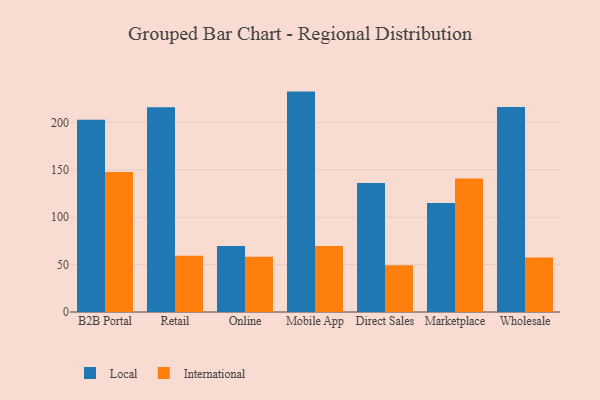
{"axis": {"x": "Channel", "y": "Backlog"}, "legend": ["International", "Local"], "data": [{"x": "B2B Portal", "y": 202.7, "type": "Local"}, {"x": "B2B Portal", "y": 147.8, "type": "International"}, {"x": "Retail", "y": 216.1, "type": "Local"}, {"x": "Retail", "y": 59.4, "type": "International"}, {"x": "Online", "y": 69.7, "type": "Local"}, {"x": "Online", "y": 58.2, "type": "International"}, {"x": "Mobile App", "y": 232.5, "type": "Local"}, {"x": "Mobile App", "y": 69.5, "type": "International"}, {"x": "Direct Sales", "y": 136.0, "type": "Local"}, {"x": "Direct Sales", "y": 49.3, "type": "International"}, {"x": "Marketplace", "y": 114.9, "type": "Local"}, {"x": "Marketplace", "y": 140.9, "type": "International"}, {"x": "Wholesale", "y": 216.3, "type": "Local"}, {"x": "Wholesale", "y": 57.5, "type": "International"}]}